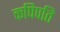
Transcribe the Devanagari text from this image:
कपिपति